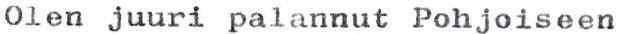
Olen juuri palannut Pohjoiseen